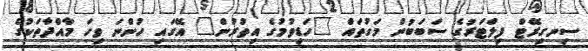
ސިނގިރޭޓް ފިލްޓަރުގެ ސަބަބުން މަގުތައް "ހަޑިވުމުގެ އިތުރުން" އޭގައި ހުންނަ ވިހަ މާއްދާތަކުގެ